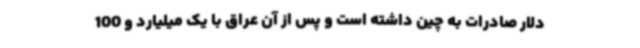
دلار صادرات به چین داشته است و پس از آن عراق با یک میلیارد و 100